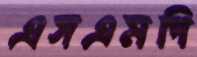
এসএমপি